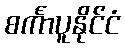
စင်္ကာပူနိုင်ငံ